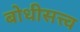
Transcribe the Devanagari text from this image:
बोधीसत्त्व